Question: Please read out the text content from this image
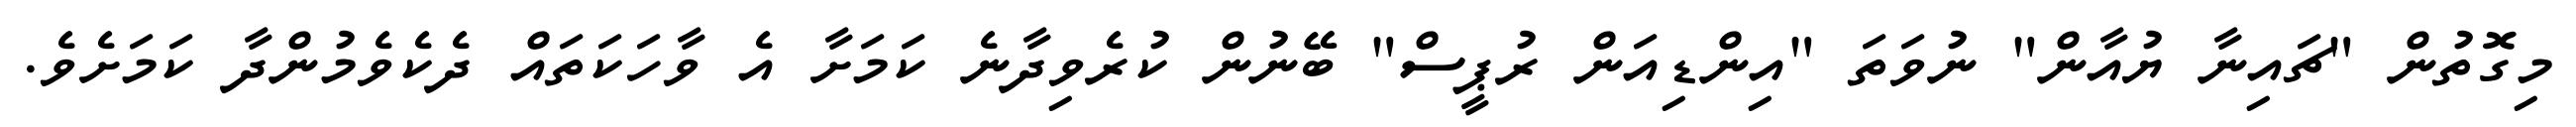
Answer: މިގޮތުން "ޗައިނާ ޔުއާން" ނުވަތަ "އިންޑިއަން ރުޕީސް" ބޭނުން ކުރެވިދާނެ ކަމަށާ އެ ވާހަކަތައް ދެކެވެމުންދާ ކަމަށެވެ.